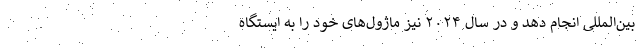
بین‌المللی انجام دهد و در سال ۲۰۲۴ نیز ماژول‌های خود را به ایستگاه